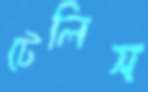
টেলিস